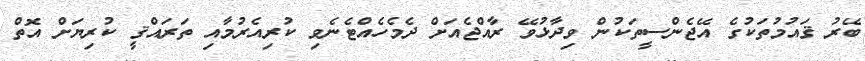
ބޭރު ޤައުމުތަކުގެ އޭޖެންސީތަކުން ވިދާޅުވޭ ރާއްޖެއަށް ދެމެހެއްޓެނެވި ކުރިއެރުމާއި ތަރައްޤީ ކުރިޔަށް އޮތް